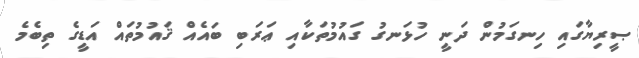
ޞީރިޔާގައި ހިނގަމުން ދަނީ ހުޅަނގު ގައުމުތަކާއި ޢަރަބި ބައެއް ޤައުމުތައް އަޑީގެ ތިބެމެ